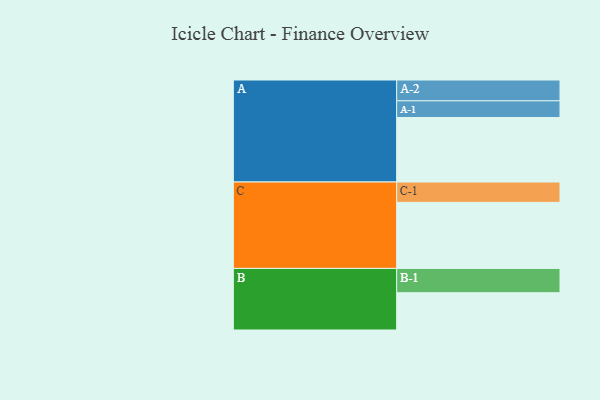
{"axis": {"x": "Segment", "y": "Value"}, "legend": ["", "A", "B", "C"], "data": [{"x": "A", "y": 576, "type": ""}, {"x": "B", "y": 333, "type": ""}, {"x": "C", "y": 590, "type": ""}, {"x": "A-1", "y": 149, "type": "A"}, {"x": "A-2", "y": 186, "type": "A"}, {"x": "B-1", "y": 217, "type": "B"}, {"x": "C-1", "y": 182, "type": "C"}]}